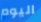
اليوم